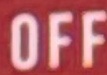
OFF